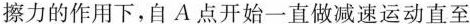
擦力的作用下，自A点开始一直做减速运动直至